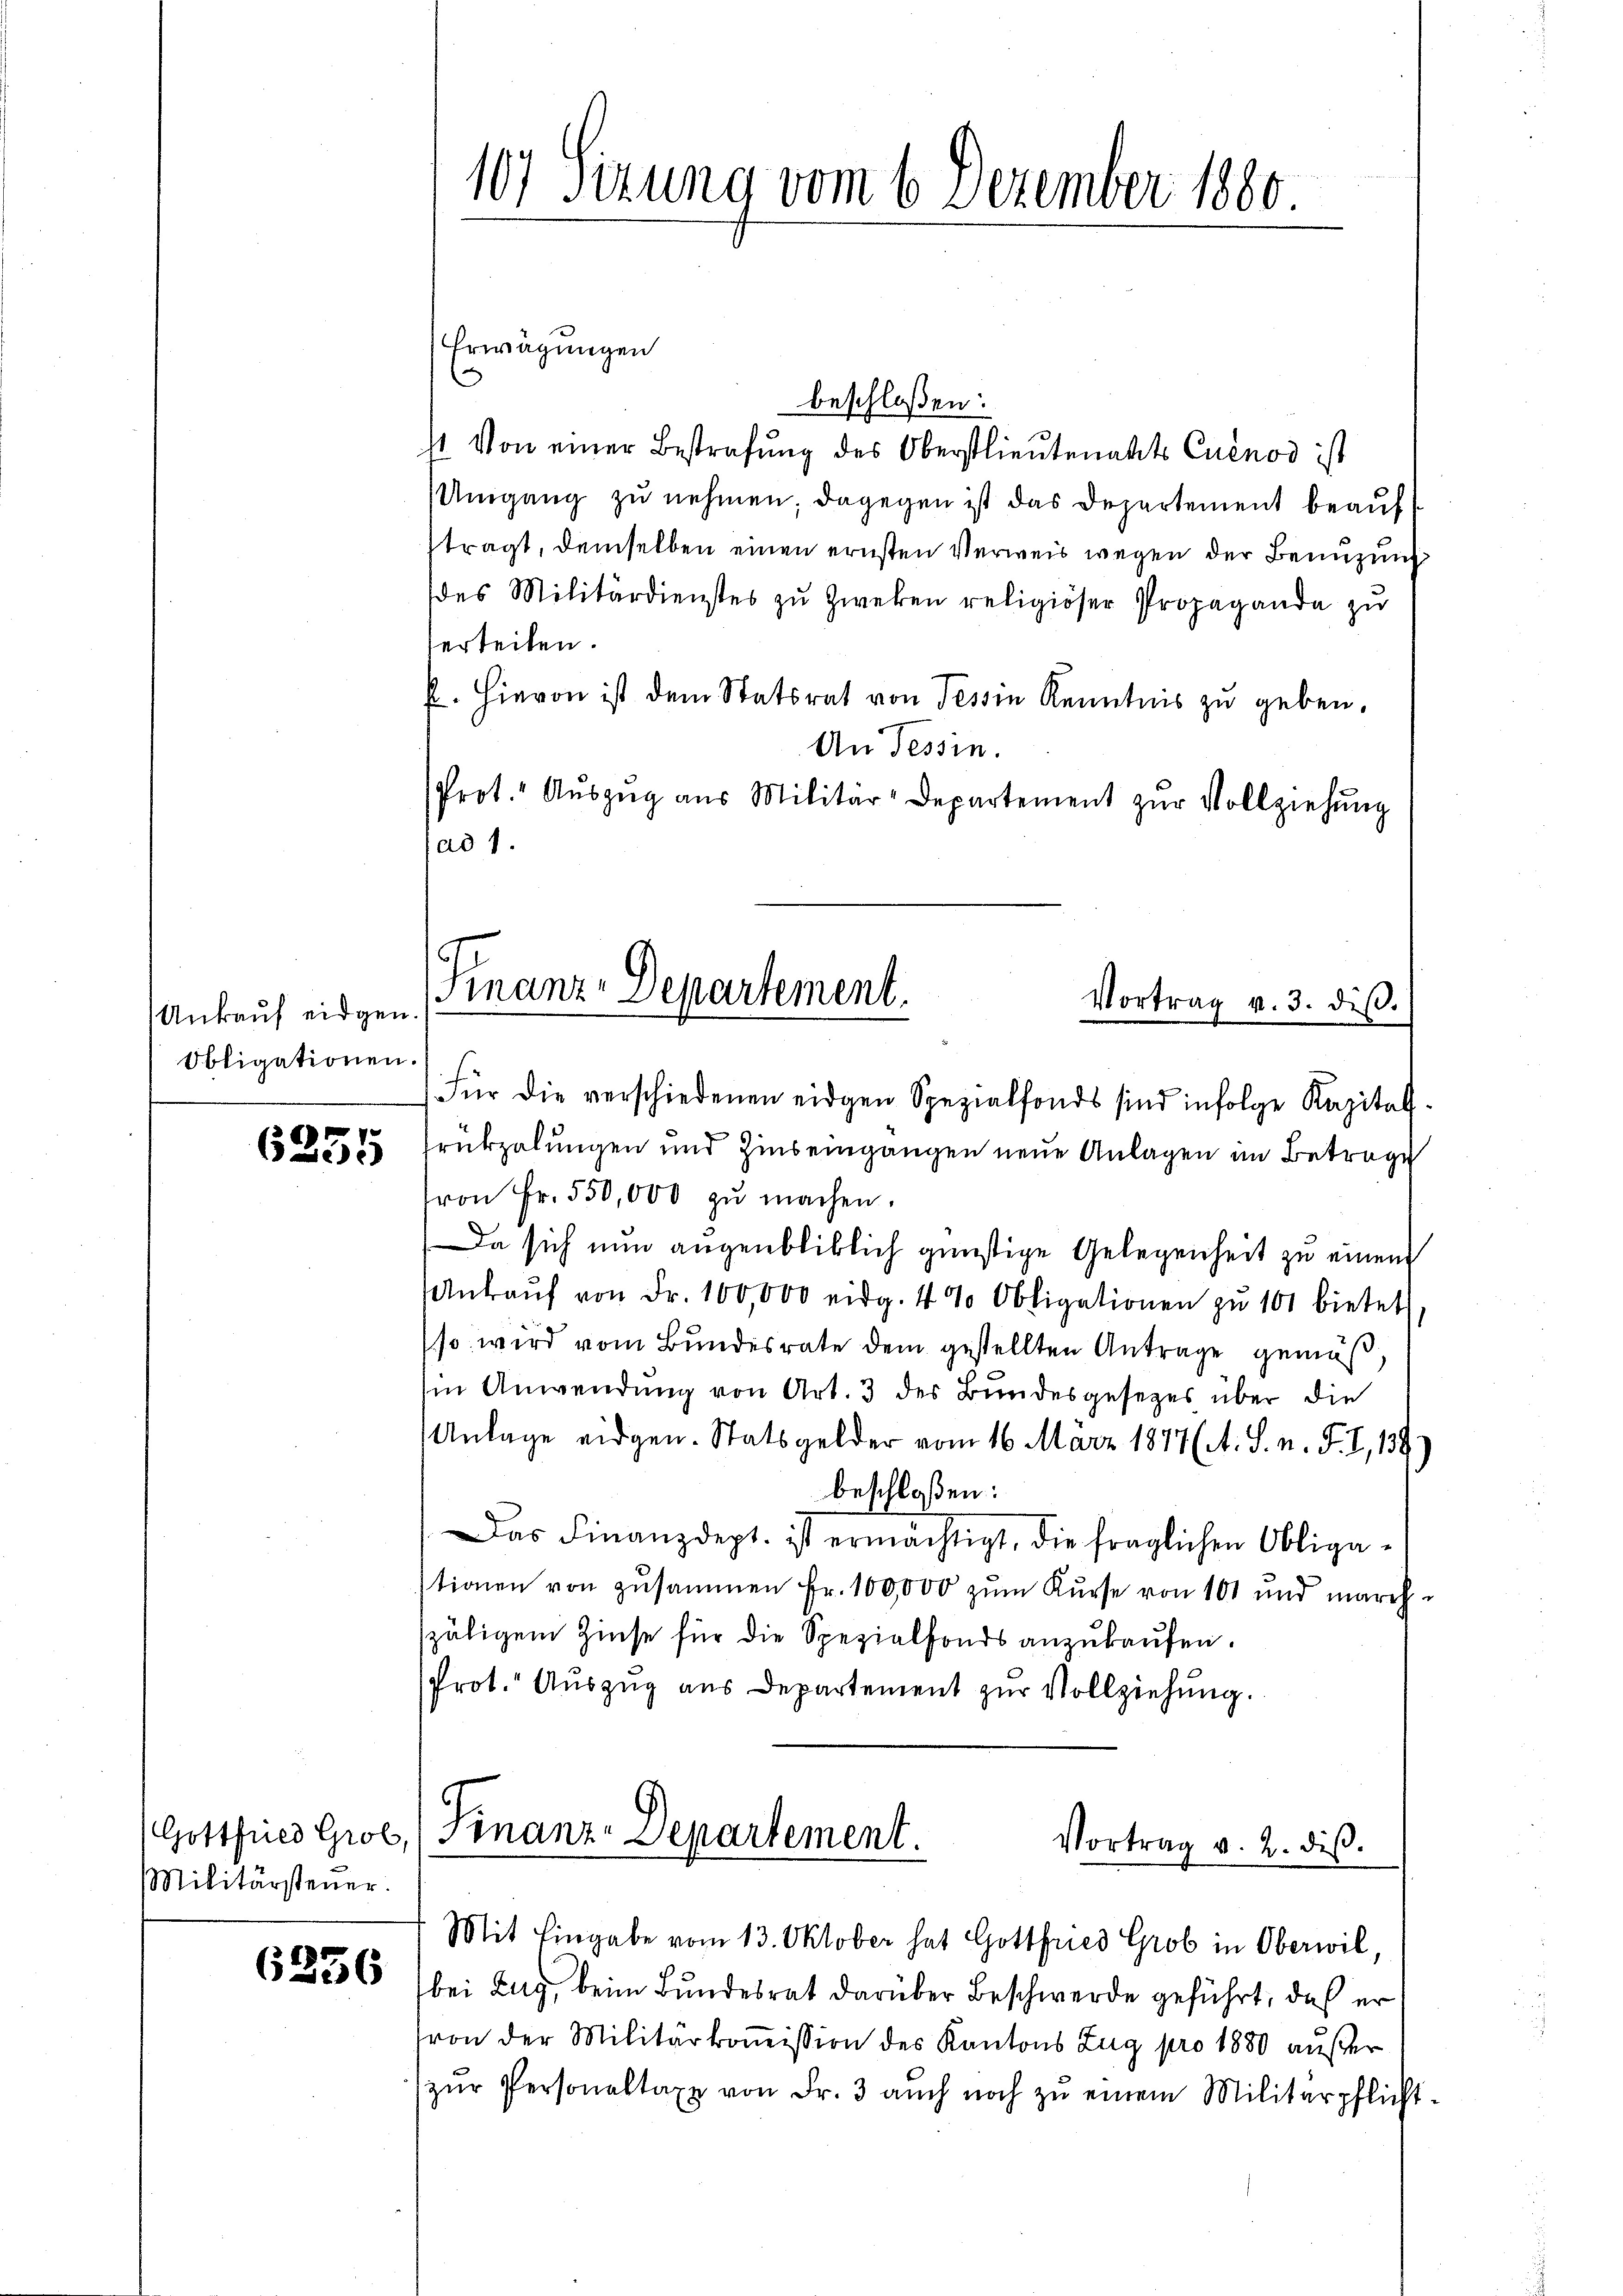
6255

Militärsteuer.

6336

Erwägungen
beschloßen:
4 Von einer Bestrafung des Oberstlieutenants Cuénod ist
Umgang zu nehmen dagegen ist das Departement beaufftragt, demselben einen ernsten Verweis wegen der Benuzung
des Militärdienstes zu Zweken religiöser Propaganda zu
erteilen.
P. Hievon ist dem Statsrat von Tessin Kenntnis zu geben.
An Tessin.
Prot." Aŭszŭg aŭs Militär-Departement zŭr Vollziehŭng
ad 1.

Ankauf eidgen.
Obligationen.

107 Sizung vom 6. Dezember 1880.

Finanz-Departement.
Vortrag v. 3. diβ.

Für die verschiedenen eidgen Spezialfonds sind infolge Kapital-
rükzalungen und Zinseingangen neue Anlagen im Betrage
ron Fr. 550,000 zŭ machen.
Da sich nun augenbliblich günstige Gelegenheit zu einem
Ankaŭf von Fr. 100,000 eidg. 4 % Obligationen zu 101 bietet
so wird vom Bundesrate dem gestellten Antrage gemäß
in Anwendung von Art. 3 des Bundesgesetzes über die
Anlage eidgen. Statsgelder vom 16. März 1877 (A. S. n. F. I, 139
beschloßen:
Das Finanzdept. ist ermächtigt, die fraglichen Obliga-
tionen von zusammen Fr. 100,000 zum Kurse von 101 und marchspäligem Zinse für die Spezialfonds anzukaufen.
Prot. Auszug aus Departement zur Vollziehung.

Gottfnes Grol, (Finanz-Departement.
Vortrag v. 2. diβ.
Mit Eingabe vom 13. Oktober hat Gottfried Grob in Oberwil,

bei Zug, beim Bundesrat darüber Beschwerde geführt, daß er
von der Militärkommission des Kantons Zug pro 1880 außer
zŭr Personaltaxe von Fr. 3 aŭch noch zŭ einem Militärpflicht-